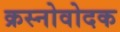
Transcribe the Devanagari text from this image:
क्रस्नोवोदक